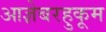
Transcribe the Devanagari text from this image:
आज्ञेबरहुकूम